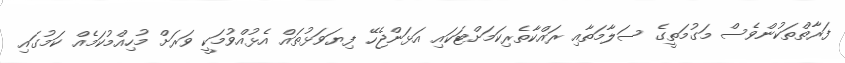
ފަރާތްތަކުންވެސް މަގުމަތީގެ ސަލާމަތާއި ރައްކާތެރިކަމަށްޓަކައި އަޅަންޖެހޭ ފިޔަވަޅުތައް އެޅުއްވުމަކީ ވަރަށް މުހިއްމުކަމެއް ކަމުގައި